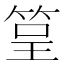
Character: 䇸